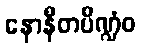
နောနီတပိဏ္ဍံဝ